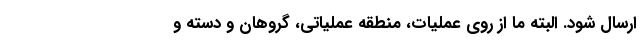
ارسال شود. البته ما از روی عملیات، منطقه عملیاتی، گروهان و دسته و